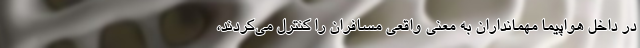
در داخل هواپیما مهمانداران به معنی واقعی مسافران را کنترل می‌کردند،